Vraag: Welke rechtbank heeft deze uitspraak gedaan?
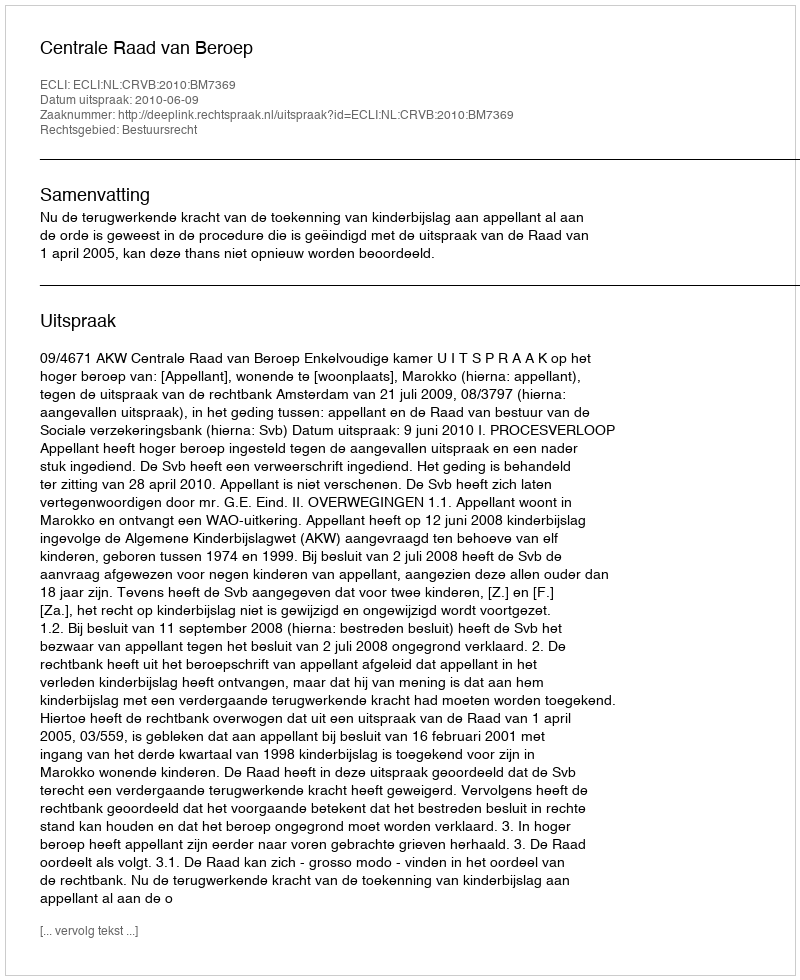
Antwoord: Centrale Raad van Beroep